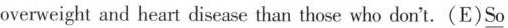
overweight and heart disease than those who don't.(E)\underline{So}